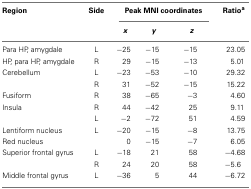
| Region | Side | <COLSPAN=3> Peak MNI coordinates | Ratioa |
 |  |  | x | y | z |  |
 | --- | --- | --- | --- | --- | --- |
 | Para HP, amygdale | L | −25 | −15 | −15 | 23.05 |
 | HP, para HP, amygdale | R | 29 | −15 | −13 | 5.01 |
 | Cerebellum | L | −23 | −53 | −10 | 29.32 |
 |  | R | 31 | −52 | −15 | 15.22 |
 | Fusiform | R | 38 | −65 | −3 | 4.60 |
 | Insula | R | 44 | −42 | 25 | 9.11 |
 |  | L | −2 | −72 | 51 | 4.59 |
 | Lentiform nucleus | L | −20 | −15 | −8 | 13.75 |
 | Red nucleus |  | 0 | −15 | −7 | 6.05 |
 | Superior frontal gyrus | L | −18 | 21 | 58 | −4.68 |
 |  | R | 24 | 20 | 58 | −5.6 |
 | Middle frontal gyrus | L | −36 | 5 | 44 | −6.72 |